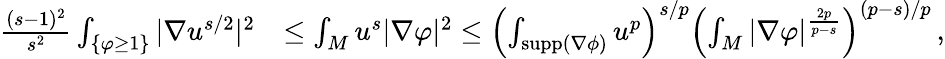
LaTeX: \begin{array}{rl}{\frac{(s-1)^{2}}{s^{2}}\int_{\{ \varphi\ge 1\} }|\nabla u^{s/2}|^{2}}&{\le\int_{M}u^{s}|\nabla\varphi|^{2}\le\left(\int_{\operatorname{supp}(\nabla\phi)}u^{p}\right)^{s/p}\left(\int_{M}|\nabla\varphi|^{\frac{2p}{p-s}}\right)^{(p-s)/p}\, ,}\end{array}